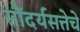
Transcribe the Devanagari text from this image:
सौंदर्यसत्तेचे